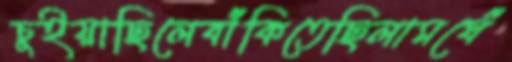
চুইয়াছিলেবাঁকিতেছিলামঘেঁ